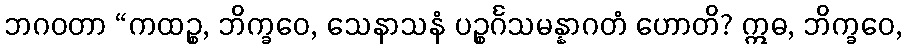
ဘဂဝတာ “ကထဉ္စ, ဘိက္ခဝေ, သေနာသနံ ပဉ္စင်္ဂသမန္နာဂတံ ဟောတိ? ဣဓ, ဘိက္ခဝေ,